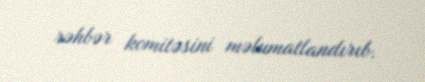
rəhbər komitəsini məlumatlandırıb.